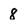
Character: 8